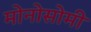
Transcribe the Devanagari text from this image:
मोनोसोमी